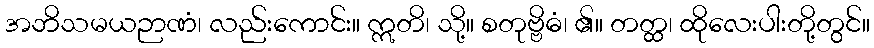
အဘိသမယဉာဏံ၊ လည်းကောင်း။ ဣတိ၊ သို့။ စတုဗ္ဗိဓံ၊ ၏။ တတ္ထ၊ ထိုလေးပါးတို့တွင်။